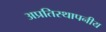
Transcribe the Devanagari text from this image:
अप्रतिस्थापनीय